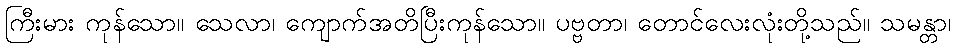
ကြီးမား ကုန်သော။ သေလာ၊ ကျောက်အတိပြီးကုန်သော။ ပဗ္ဗတာ၊ တောင်လေးလုံးတို့သည်။ သမန္တာ၊